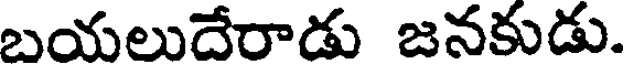
బయలుదేరాడు జనకుడు.